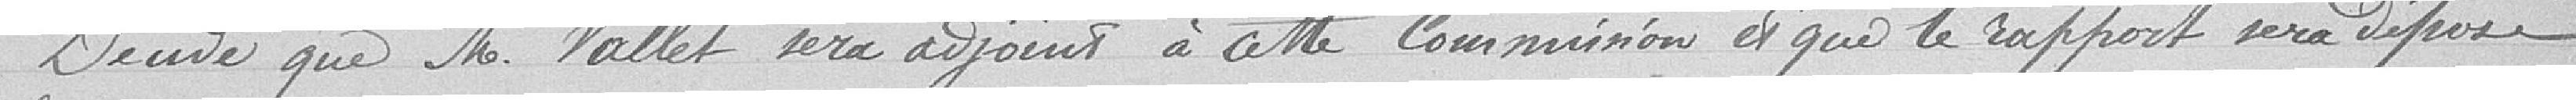
Décide que M. Vallet sera adjoint à cette commission et que le rapport sera déposé